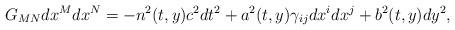
LaTeX: \begin{align*}G_{MN}dx^Mdx^N=-n^2(t,y)c^2dt^2+a^2(t,y)\gamma_{ij}dx^idx^j+b^2(t,y)dy^2,\end{align*}